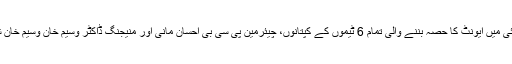
تقریبِ رونمائی میں ایونٹ کا حصہ بننے والی تمام 6 ٹیموں کے کپتانوں، چیئرمین پی سی بی احسان مانی اور منیجنگ ڈاکٹر وسیم خان وسیم خان شریک ہوئے۔